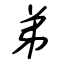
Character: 弟